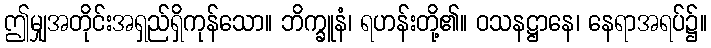
ဤမျှအတိုင်းအရှည်ရှိကုန်သော။ ဘိက္ခူနံ၊ ရဟန်းတို့၏။ ဝသနဋ္ဌာနေ၊ နေရာအရပ်၌။